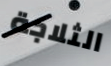
الثلاجة